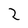
Character: 2